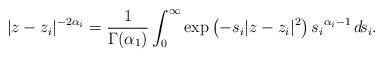
LaTeX: \begin{align*}|z-z_i|^{-2\alpha_i}=\frac{1}{\Gamma(\alpha_1)}\int_0^{\infty}\exp\left(-s_i|z-z_i|^2\right){s_i}^{\alpha_i-1}\,d\!s_i .\end{align*}